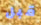
قبل